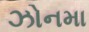
ઝોનમા